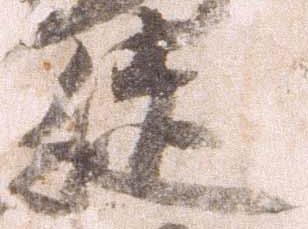
徒